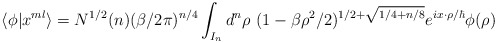
\begin{align*}\langle \phi | x^{ml} \rangle =N^{1/2}(n) ( \beta /2 \pi)^{n/4}\int_{I_n} d^n \rho~ (1- \beta \rho^2/2)^{1/2+ \sqrt{1/4 + n/8}}e^{i x \cdot \rho/\hbar} \phi(\rho)\end{align*}